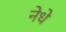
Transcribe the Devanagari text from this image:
नेधे